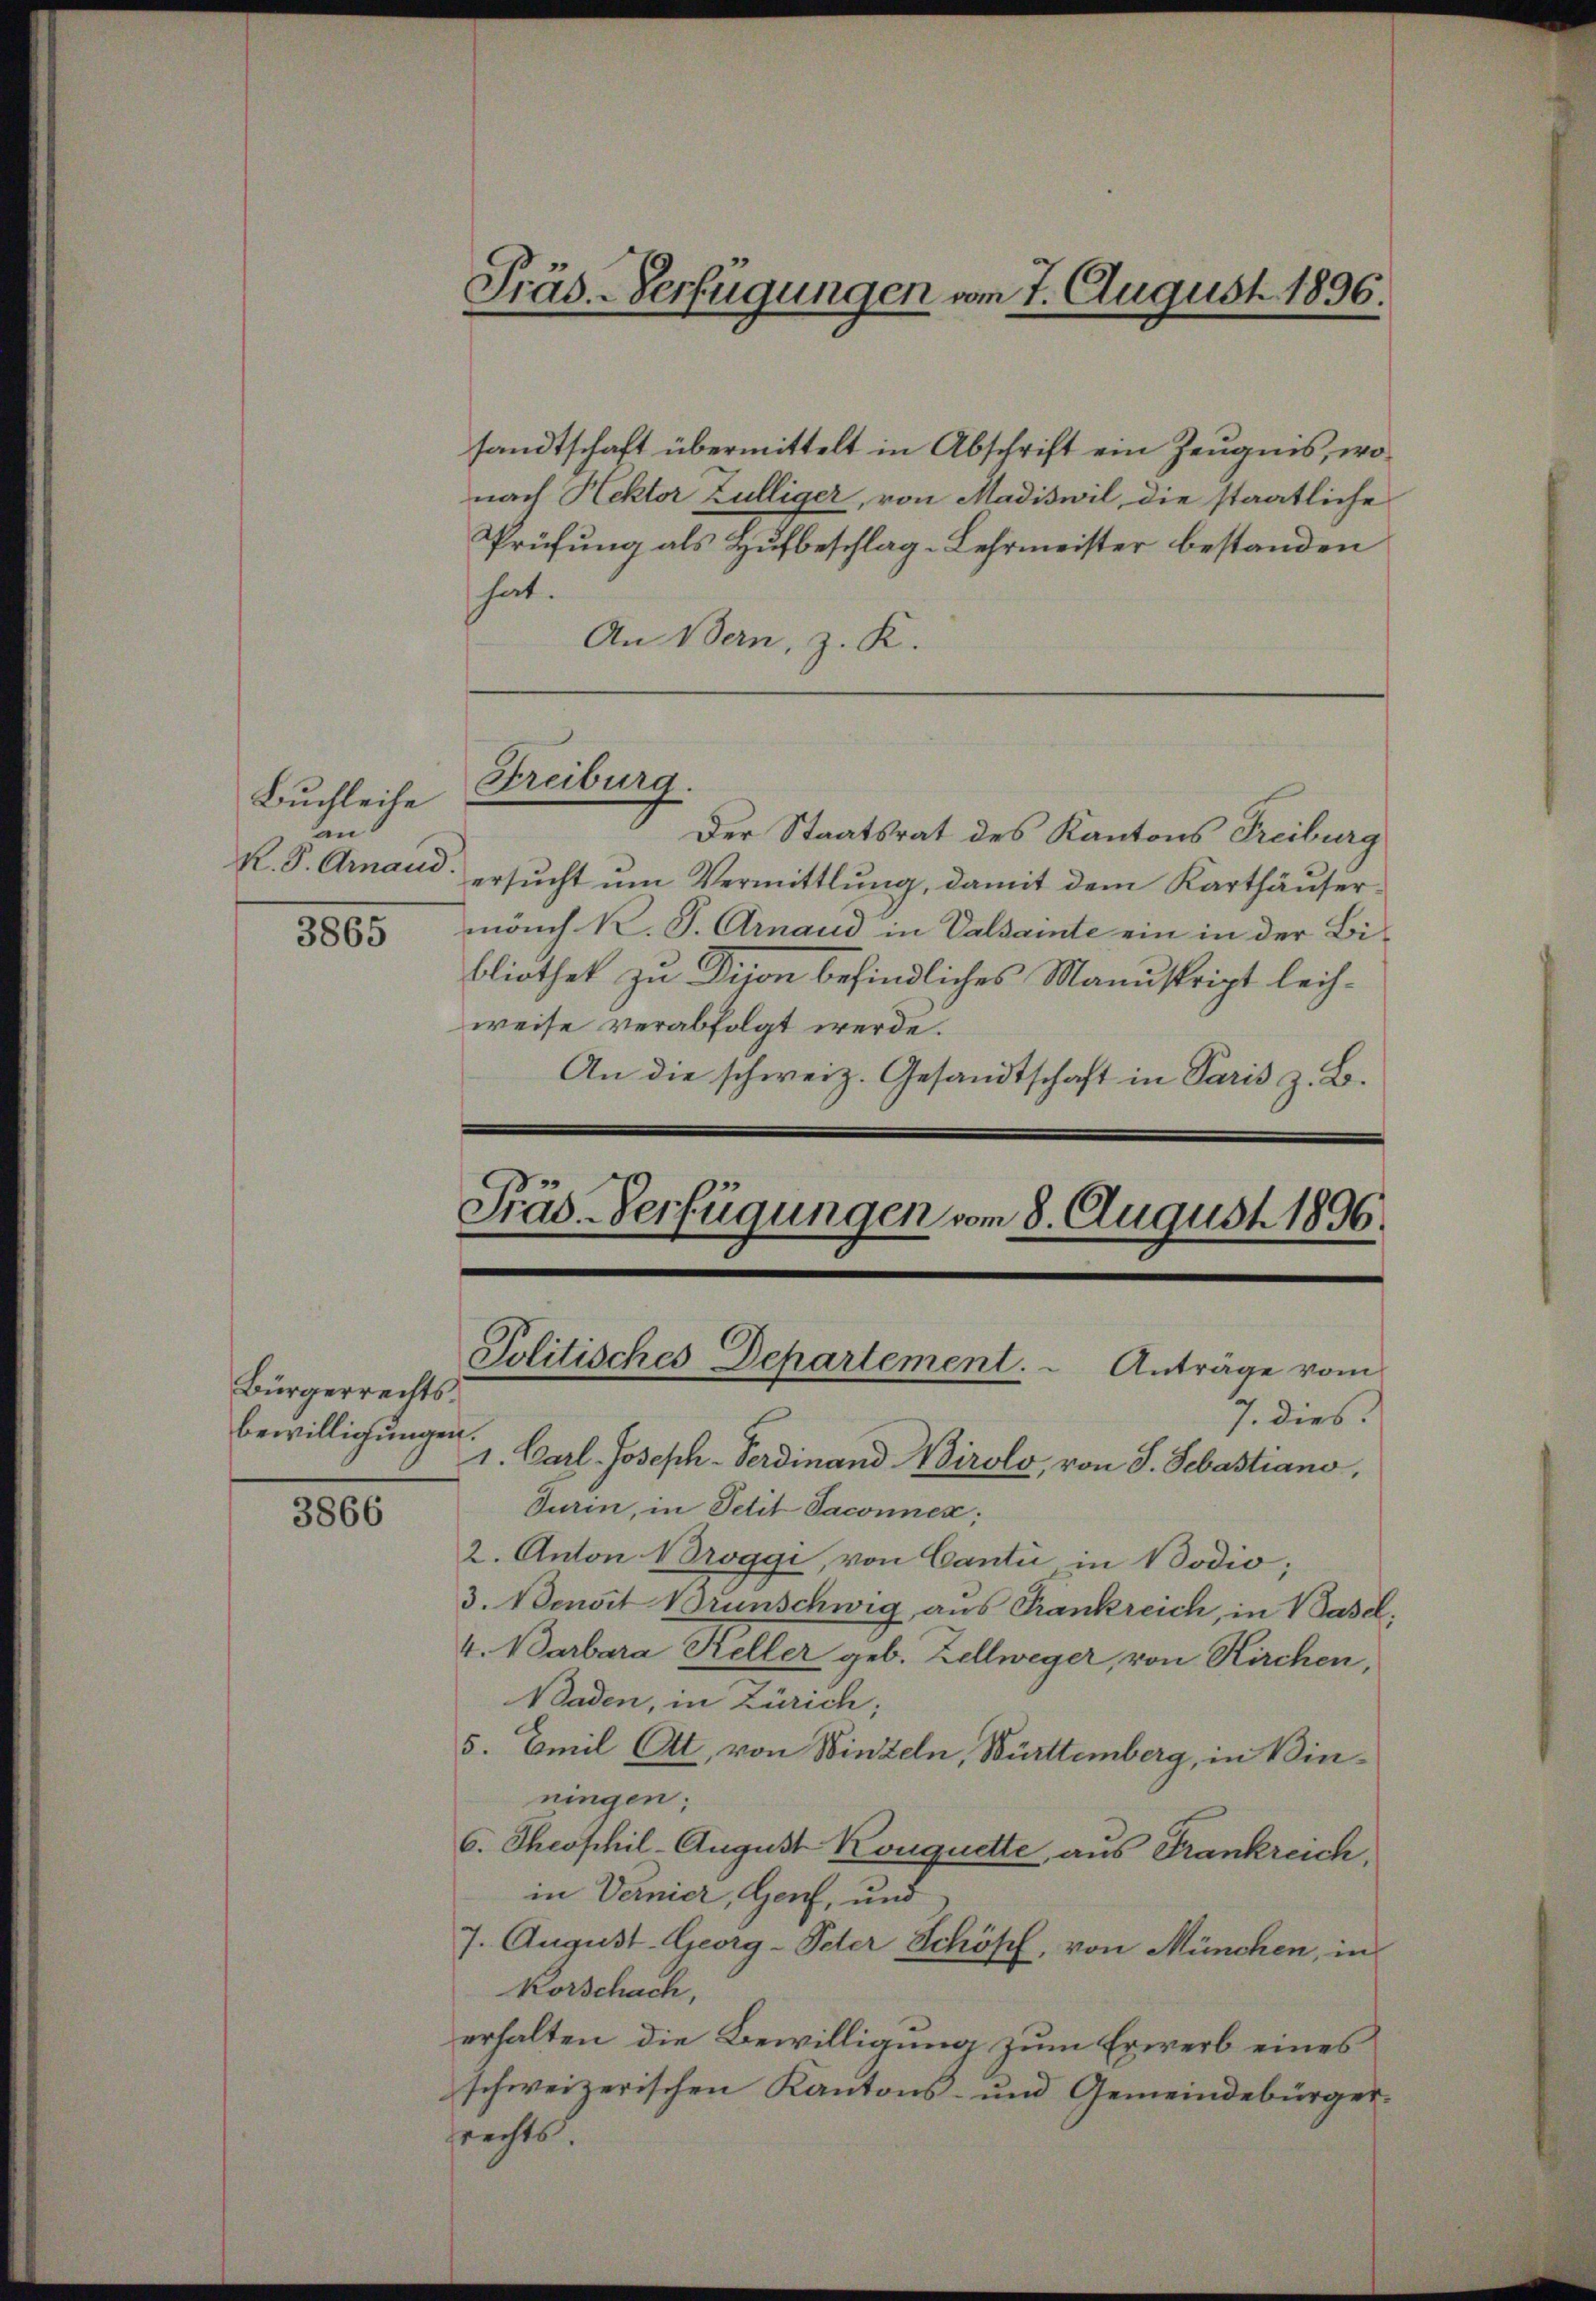
Buchleite
an
R. P. Arnand.
3865

Bürgerrechtsbewilligungen.

3866

Präs.-Verfügungen vom 7. August 1896.

sandtschaft übermittelt in Abschrift ein Zeugnis, wonach Hektor Zülliger, von Madiswil, die staatliche
Prüfung als Hufbeschlag-Lehrmeister bestanden
hat.
An Bern, z. K.
Der Staatsrat des Kantons Freiburg
ersŭcht ŭm Vermittlung, damit dem Karthäŭser-
manch K. P. Arnaud in Valsamte ein in der Bibliothek zu Dison befindliches Manuskript leichweise verabfolgt werde.
An die schweiz. Gesandtschaft in Paris z. B.
Präs. Verfügungen vom 8. August 1896.

7. dies
1. Carl Joseph-Verdinand irolo, von S. Sebastiano,
Turin, in Petit Jaconnen;
2. Anton Broggi, von Canti in Bodio;
3. Bensit Brünschwig, aus Frankreich, in Basel,
4. Barbara Keller geb. Zellweger, von Kirchen,
Waden, in Zürich;
5. Emil Ott, von Winzeln, Württemberg, in Binningen;
6. Theophil-August Kouquette, aus Frankreich,
in Vernier, Genf, und
7. August Georg-Peter Schöpf, von München, in
Korschach,
erhalten die Bewilligung zum Erwerb eines
schweizerischen Kantons- und Gemeindebürgersrechts.

Freiburg.

Politisches Departement.  Anträge vom